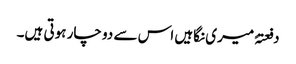
دفعتہً میری نگاہیں اس سے دو چار ہوتی ہیں۔